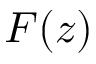
F ( z )